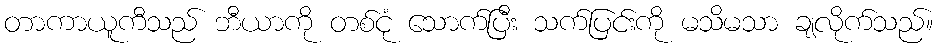
တာကာယူကီသည် ဘီယာကို တစ်ငုံ သောက်ပြီး သက်ပြင်းကို မသိမသာ ချလိုက်သည်။